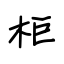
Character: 柜